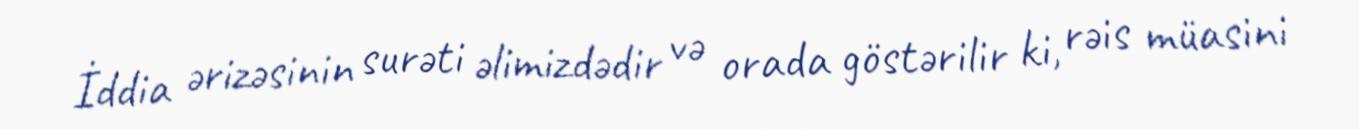
İddia ərizəsinin surəti əlimizdədir və orada göstərilir ki, rəis müasini